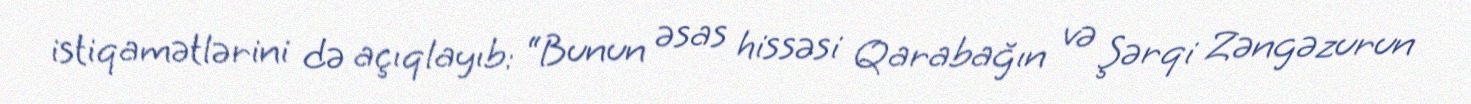
istiqamətlərini də açıqlayıb: “Bunun əsas hissəsi Qarabağın və Şərqi Zəngəzurun